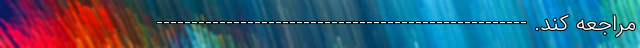
مراجعه کند. -----------------------------------------------------